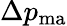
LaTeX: \Delta p_{\mathrm{ma}}